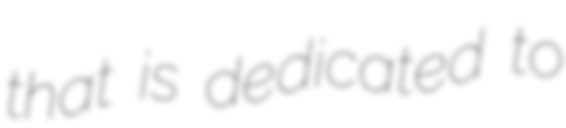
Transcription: that is dedicated to